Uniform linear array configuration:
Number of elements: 32
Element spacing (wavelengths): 0.25
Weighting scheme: binomial
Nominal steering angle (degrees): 60
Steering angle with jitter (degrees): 59.19
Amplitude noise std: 0.05
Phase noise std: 0.05

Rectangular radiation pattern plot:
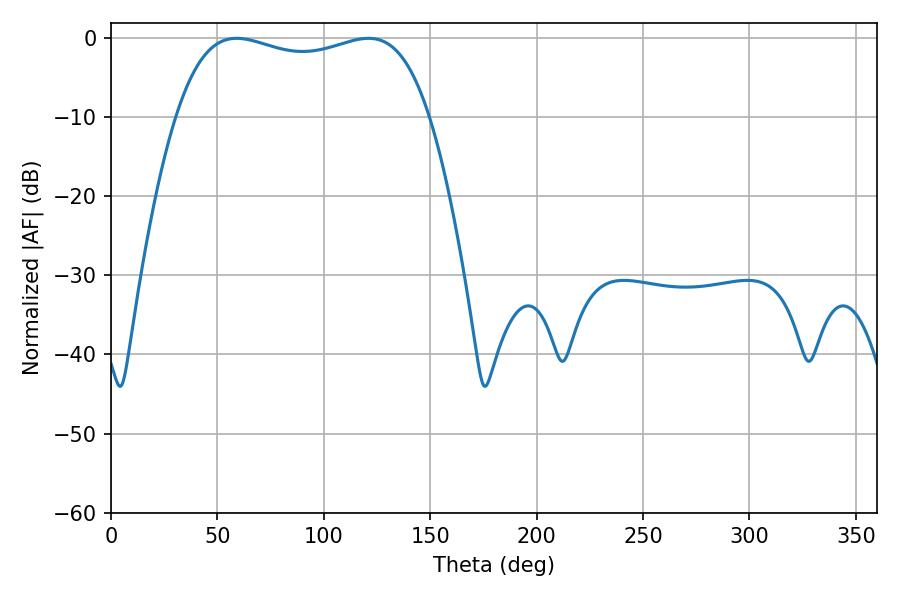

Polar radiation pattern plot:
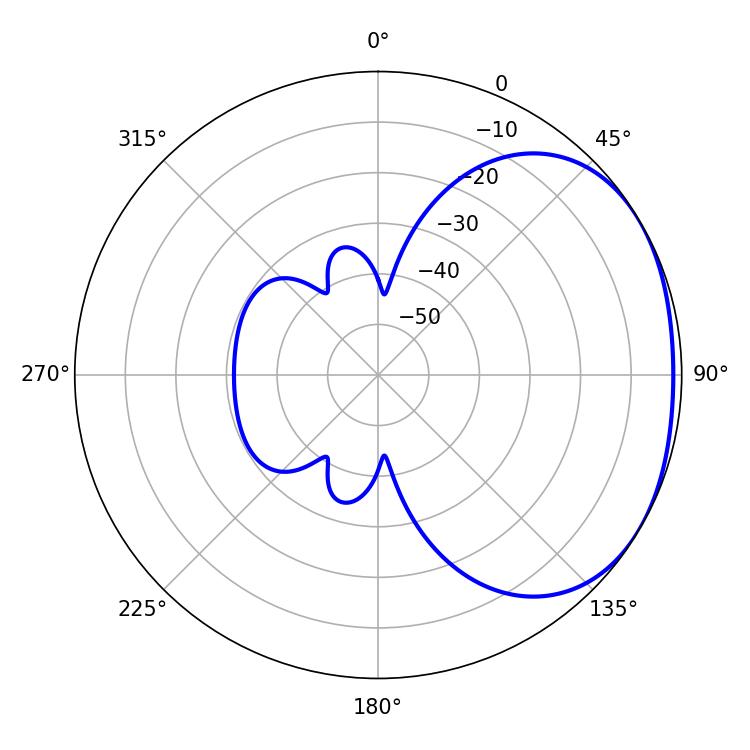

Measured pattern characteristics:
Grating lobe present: FALSE
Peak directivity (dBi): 1.862
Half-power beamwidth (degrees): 96.48
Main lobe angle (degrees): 59.04